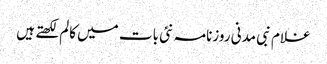
غلام نبی مدنی روزنامہ نئی بات میں کالم لکھتے ہیں